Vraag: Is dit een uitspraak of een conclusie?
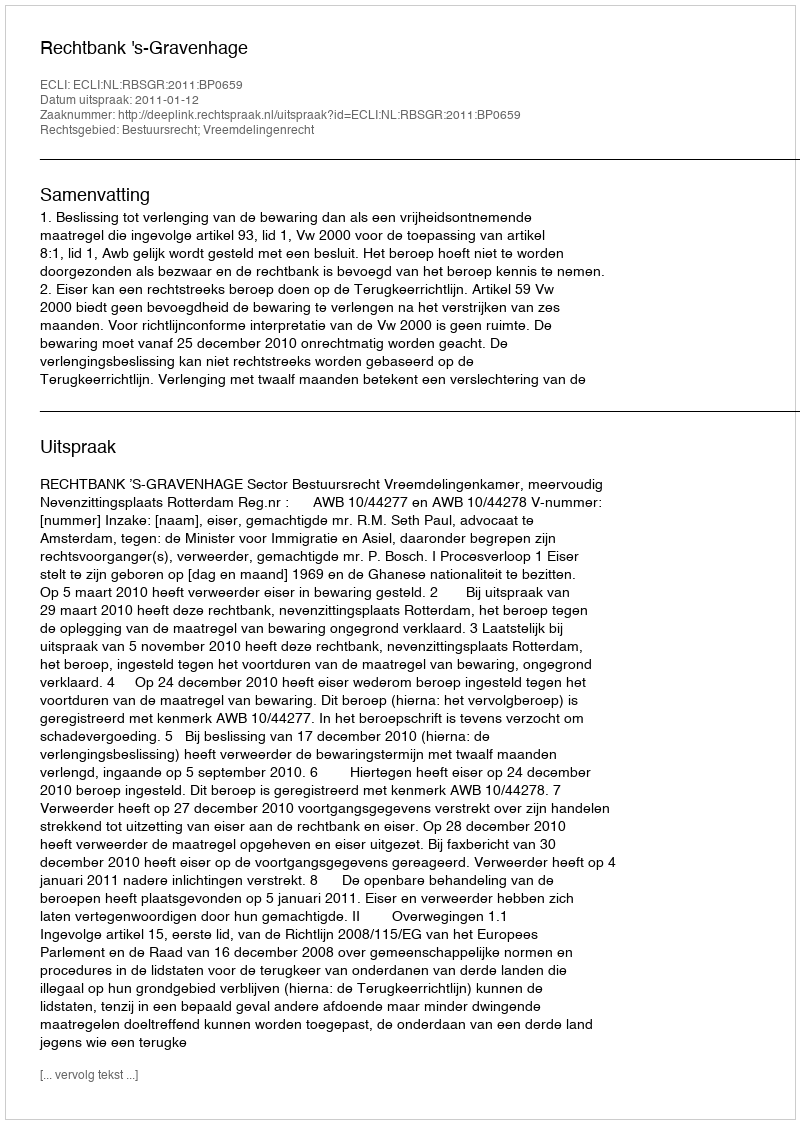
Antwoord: Uitspraak